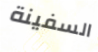
السفينة